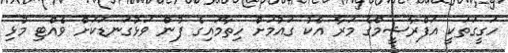
ހަގީގަތަކީ އަފްރާޝީމްގެ މަރާ އެކު ގައުމަށް ހިތާމައިގެ ފުން ވަޅުގަނޑަކަށް ވެއްޓި މުޅި